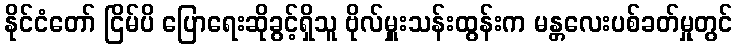
နိုင်ငံတော် ငြိမ်ပိ ပြောရေးဆိုခွင့်ရှိသူ ဗိုလ်မှူးသန်းထွန်းက မန္တလေးပစ်ခတ်မှုတွင်